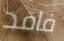
فاقد